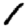
Digit: 1